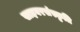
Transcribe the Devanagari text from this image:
साइबरसंस्कृति